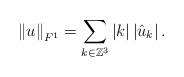
LaTeX: \begin{align*}\left\|u\right\|_{F^1}=\sum_{k\in \mathbb{Z}^3}\left|k\right|\left|\hat{u}_k\right|.\end{align*}